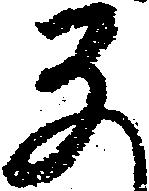
な